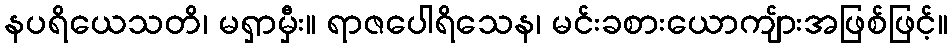
နပရိယေသတိ၊ မရှာမှီး။ ရာဇပေါရိသေန၊ မင်းခစားယောကျ်ားအဖြစ်ဖြင့်။